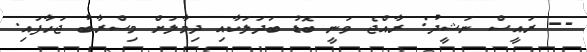
-- ރައީސް ނަޝީދު: ރާއްޖެ ވަނީ ބޮޑު ބަދަލަކާއި ދިމާލަށް މިސްރާބު ޖަހާފައި.